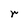
Character: r